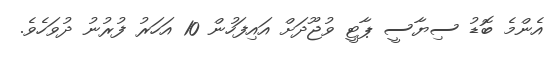
އެންމެ ބޮޑު ސިޔާސީ ޕާޓީ ވުޖޫދަށް އައިފަހުން 10 އަހަރު ފުރުނު ދުވަހެވެ.